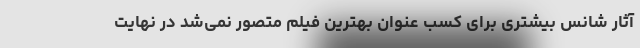
آثار شانس بیشتری برای کسب عنوان بهترین فیلم متصور نمی‌شد در نهایت